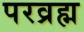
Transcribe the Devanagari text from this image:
परव्रह्म